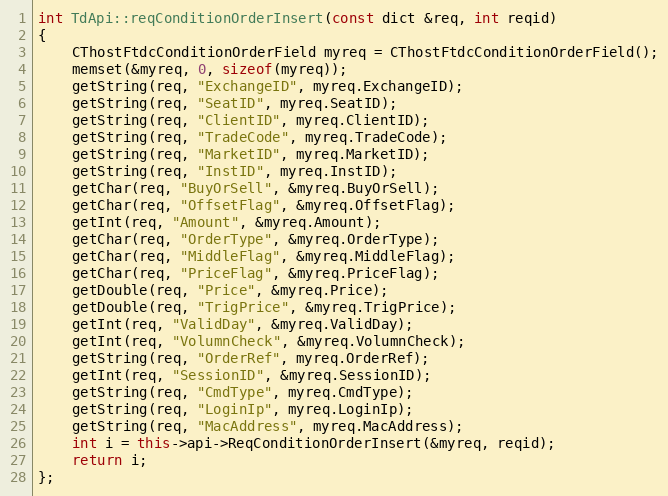
Language: C++
int TdApi::reqConditionOrderInsert(const dict &req, int reqid)
{
	CThostFtdcConditionOrderField myreq = CThostFtdcConditionOrderField();
	memset(&myreq, 0, sizeof(myreq));
	getString(req, "ExchangeID", myreq.ExchangeID);
	getString(req, "SeatID", myreq.SeatID);
	getString(req, "ClientID", myreq.ClientID);
	getString(req, "TradeCode", myreq.TradeCode);
	getString(req, "MarketID", myreq.MarketID);
	getString(req, "InstID", myreq.InstID);
	getChar(req, "BuyOrSell", &myreq.BuyOrSell);
	getChar(req, "OffsetFlag", &myreq.OffsetFlag);
	getInt(req, "Amount", &myreq.Amount);
	getChar(req, "OrderType", &myreq.OrderType);
	getChar(req, "MiddleFlag", &myreq.MiddleFlag);
	getChar(req, "PriceFlag", &myreq.PriceFlag);
	getDouble(req, "Price", &myreq.Price);
	getDouble(req, "TrigPrice", &myreq.TrigPrice);
	getInt(req, "ValidDay", &myreq.ValidDay);
	getInt(req, "VolumnCheck", &myreq.VolumnCheck);
	getString(req, "OrderRef", myreq.OrderRef);
	getInt(req, "SessionID", &myreq.SessionID);
	getString(req, "CmdType", myreq.CmdType);
	getString(req, "LoginIp", myreq.LoginIp);
	getString(req, "MacAddress", myreq.MacAddress);
	int i = this->api->ReqConditionOrderInsert(&myreq, reqid);
	return i;
};